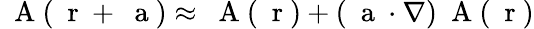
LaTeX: \mathrm{~\mathbf~A~}(\mathrm{~\mathbf~r~}+{\mathrm{~\mathbf~a~}})\approx\mathrm{~\mathbf~A~}(\mathrm{~\mathbf~r~})+({\mathrm{~\mathbf~a~}}\cdot\nabla)\mathrm{~\mathbf~A~}(\mathrm{~\mathbf~r~})